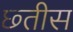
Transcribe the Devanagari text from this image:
छ्तीस